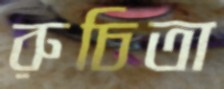
রুচিতা